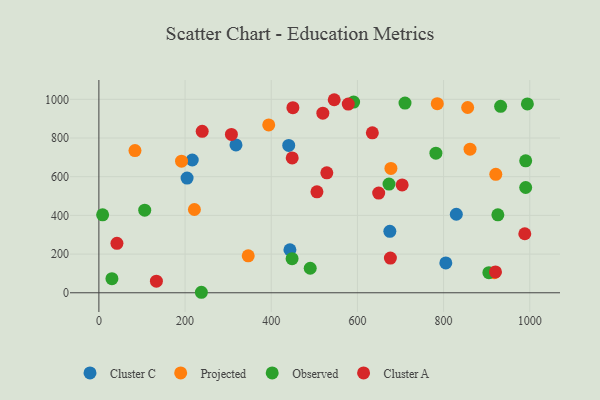
{"axis": {"x": "Experience", "y": "Rating"}, "legend": ["Cluster A", "Cluster C", "Observed", "Projected"], "data": [{"x": "805.2", "y": 154.3, "type": "Cluster C"}, {"x": "443.4", "y": 222.5, "type": "Cluster C"}, {"x": "440.6", "y": 761.5, "type": "Cluster C"}, {"x": "675.3", "y": 317.5, "type": "Cluster C"}, {"x": "318.2", "y": 764.3, "type": "Cluster C"}, {"x": "216.7", "y": 686.3, "type": "Cluster C"}, {"x": "204.7", "y": 592.8, "type": "Cluster C"}, {"x": "829.6", "y": 406.0, "type": "Cluster C"}, {"x": "394.2", "y": 867.4, "type": "Projected"}, {"x": "855.9", "y": 957.8, "type": "Projected"}, {"x": "861.4", "y": 742.2, "type": "Projected"}, {"x": "221.7", "y": 430.5, "type": "Projected"}, {"x": "346.6", "y": 191.0, "type": "Projected"}, {"x": "83.8", "y": 735.0, "type": "Projected"}, {"x": "191.8", "y": 680.1, "type": "Projected"}, {"x": "921.2", "y": 612.2, "type": "Projected"}, {"x": "785.4", "y": 977.5, "type": "Projected"}, {"x": "677.8", "y": 642.7, "type": "Projected"}, {"x": "917.6", "y": 103.4, "type": "Projected"}, {"x": "990.6", "y": 682.3, "type": "Observed"}, {"x": "926.0", "y": 403.1, "type": "Observed"}, {"x": "8.7", "y": 403.1, "type": "Observed"}, {"x": "994.5", "y": 976.0, "type": "Observed"}, {"x": "932.4", "y": 963.6, "type": "Observed"}, {"x": "905.1", "y": 104.0, "type": "Observed"}, {"x": "30.3", "y": 73.0, "type": "Observed"}, {"x": "591.2", "y": 986.0, "type": "Observed"}, {"x": "237.9", "y": 2.6, "type": "Observed"}, {"x": "990.6", "y": 544.1, "type": "Observed"}, {"x": "710.5", "y": 980.5, "type": "Observed"}, {"x": "490.5", "y": 126.7, "type": "Observed"}, {"x": "106.4", "y": 427.2, "type": "Observed"}, {"x": "448.4", "y": 176.4, "type": "Observed"}, {"x": "782.2", "y": 721.5, "type": "Observed"}, {"x": "673.4", "y": 562.1, "type": "Observed"}, {"x": "133.5", "y": 59.8, "type": "Cluster A"}, {"x": "519.8", "y": 928.2, "type": "Cluster A"}, {"x": "529.0", "y": 620.2, "type": "Cluster A"}, {"x": "703.9", "y": 557.7, "type": "Cluster A"}, {"x": "448.7", "y": 697.0, "type": "Cluster A"}, {"x": "307.6", "y": 818.5, "type": "Cluster A"}, {"x": "239.8", "y": 834.7, "type": "Cluster A"}, {"x": "920.5", "y": 108.0, "type": "Cluster A"}, {"x": "634.7", "y": 826.6, "type": "Cluster A"}, {"x": "546.2", "y": 997.9, "type": "Cluster A"}, {"x": "506.1", "y": 522.0, "type": "Cluster A"}, {"x": "578.8", "y": 975.2, "type": "Cluster A"}, {"x": "450.3", "y": 956.6, "type": "Cluster A"}, {"x": "676.6", "y": 179.6, "type": "Cluster A"}, {"x": "649.4", "y": 515.4, "type": "Cluster A"}, {"x": "41.9", "y": 255.8, "type": "Cluster A"}, {"x": "988.5", "y": 305.2, "type": "Cluster A"}]}